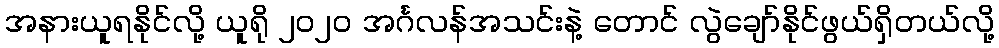
အနားယူရနိုင်လို့ ယူရို ၂၀၂၀ အင်္ဂလန်အသင်းနဲ့ တောင် လွဲချော်နိုင်ဖွယ်ရှိတယ်လို့